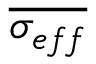
\overline { { \sigma _ { e f f } } }